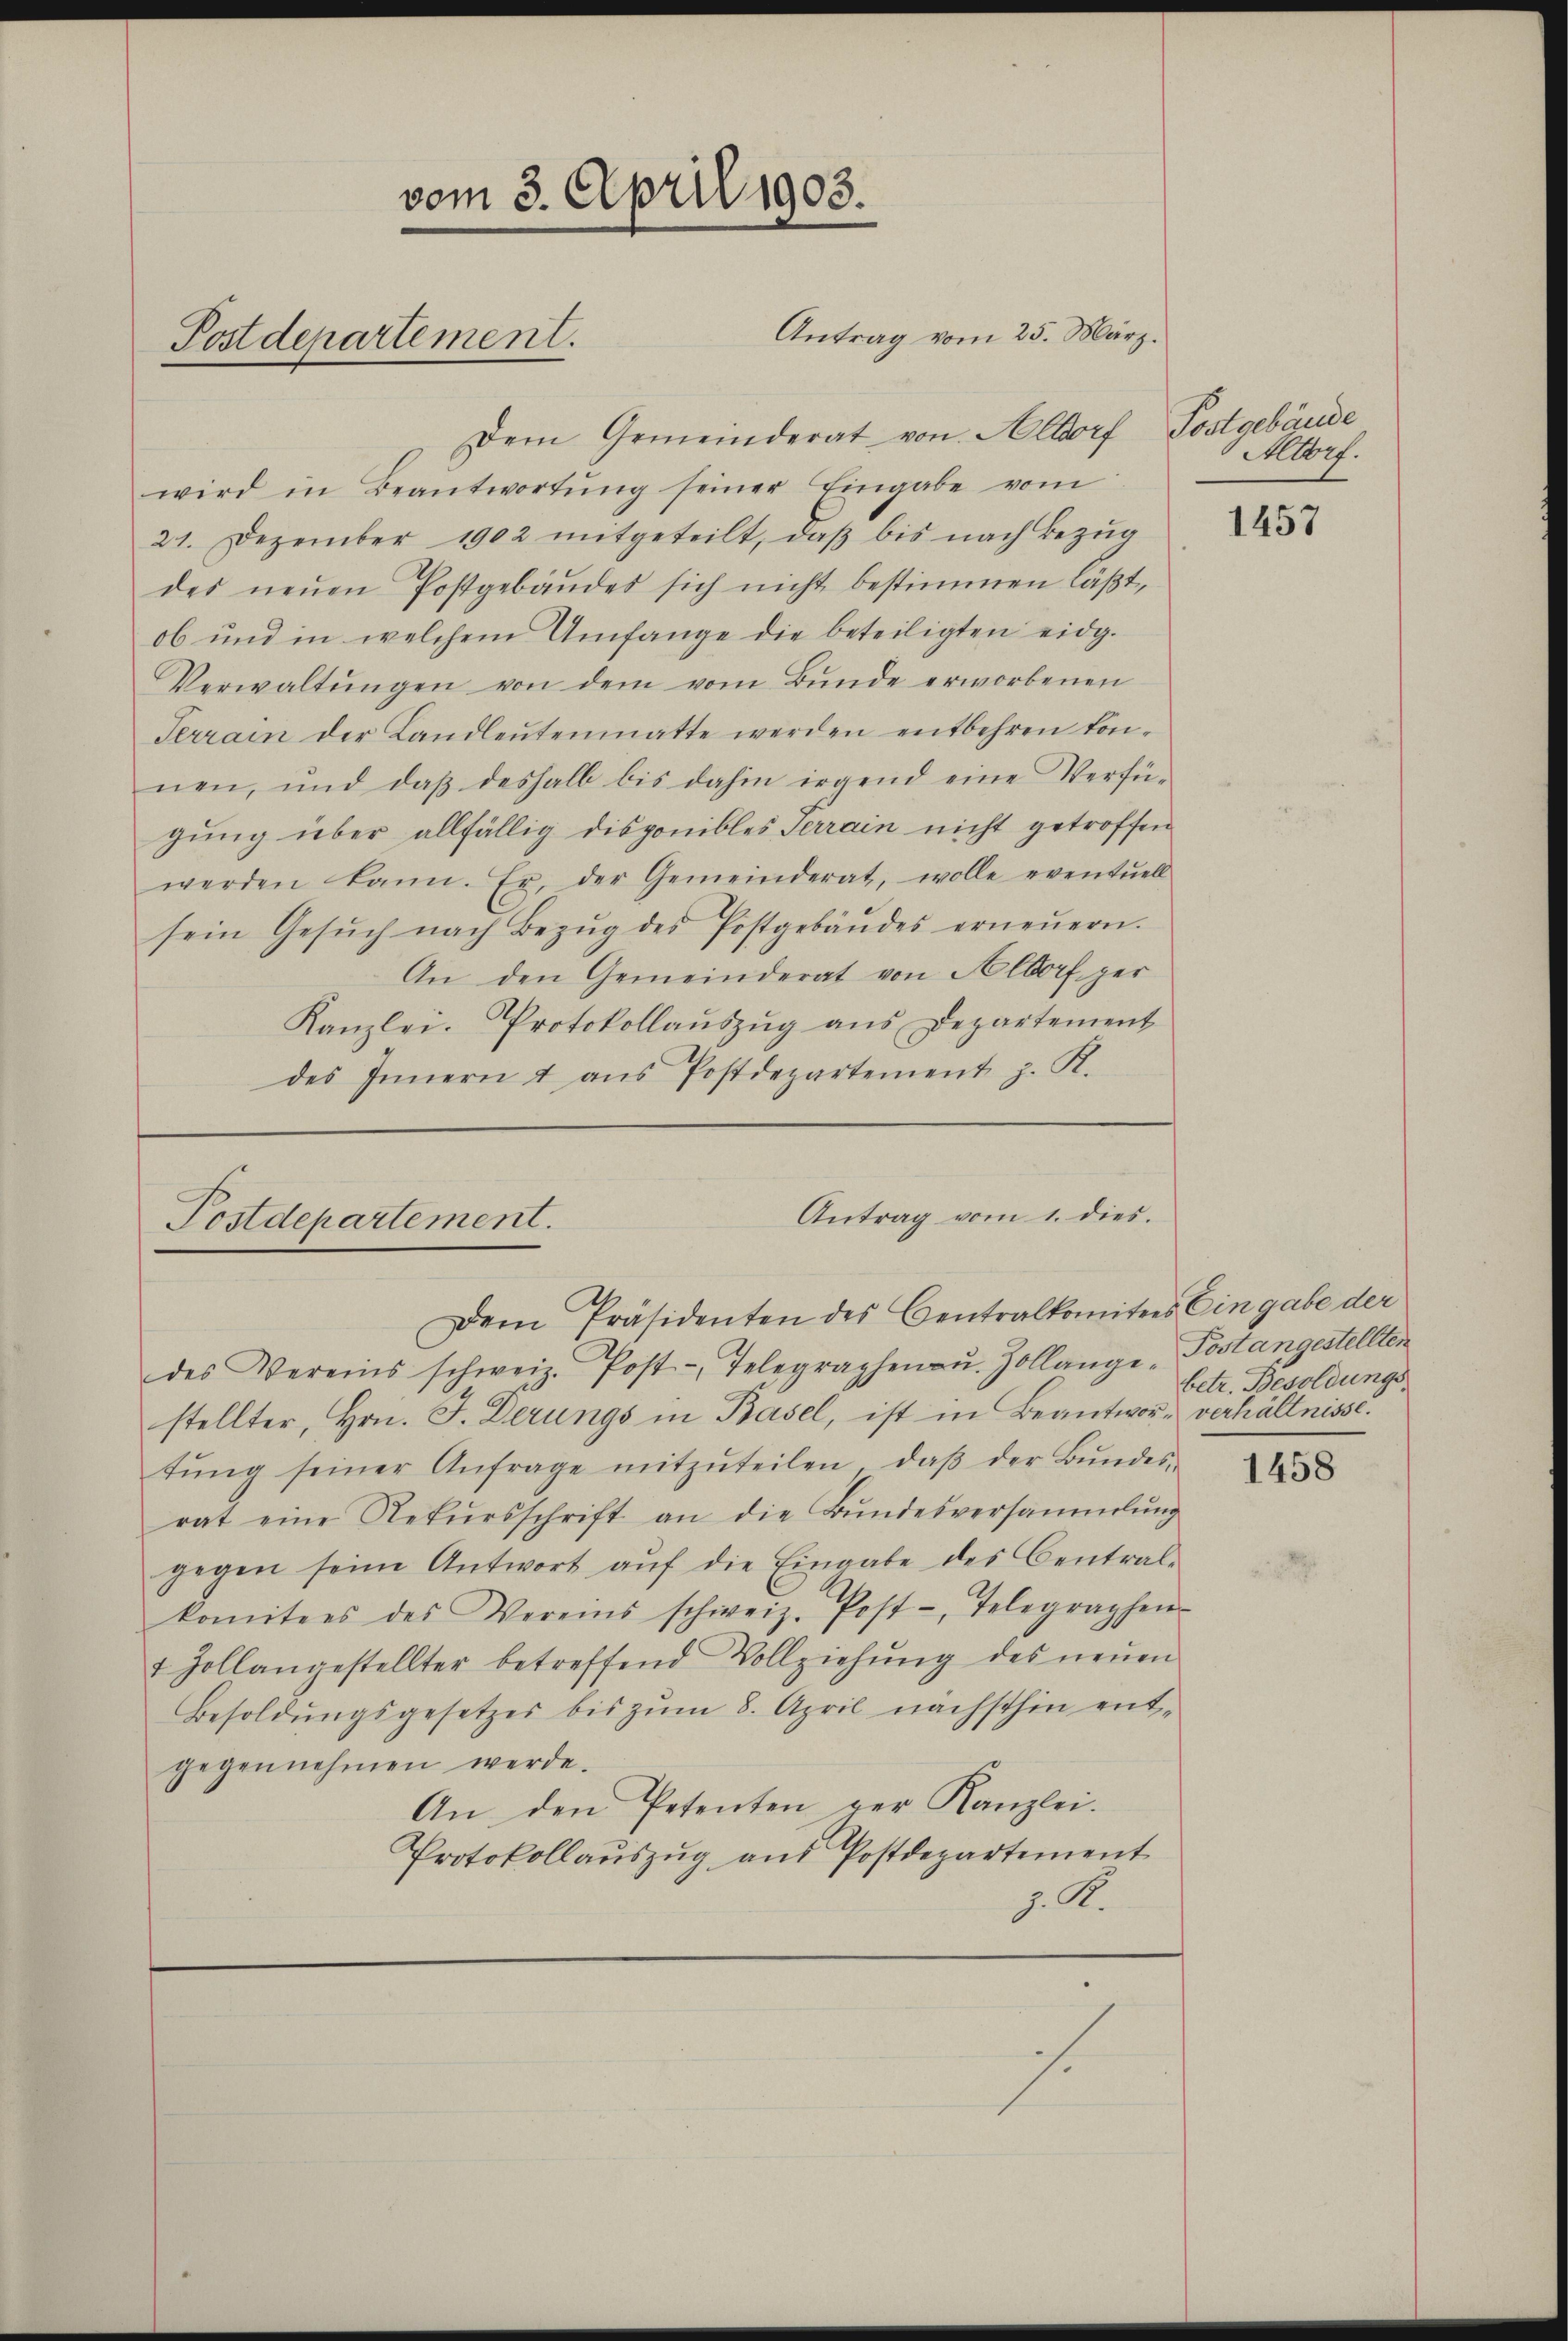
vom 3. April 1903.
Postdepartement.

Dem Gemeinderat von Altdorf Postgebäude
wird in Beantwortŭng seiner Eingabe vom
21. Dezember 1902 mitgeteilt, daβ bis nach Bezŭg
des neŭen Postgebäŭdes sich nicht bestimmen läβt,
ob und in welchem Umfange die beteiligten eidg.
Verwaltŭngen von dem vom Bŭnde erworbenen
Terrain der Landleŭtenmatte werden entbehren kon-
nen, und daß deshalb bis dahin irgend eine Verfügung über allfällig disponibles Terrain nicht getroffen
werden kann. Er, der Gemeinderat, wolle eventuell
sein Gesŭch nach Bezŭg des Postgebäŭdes erneŭern.
An den Gemeinderat von Aldorf per
Kanzlei. Protokollaŭszŭg ans Departement
des Innern u aŭs Postdepartement z. R.

Postdepartement.

Antrag vom 25. März.

s.

Adorf.

Antrag vom 1. dies.
Dem Präsidenten des Centralkomitees Eingabe der

des Vereins schweiz. Post-Telegraphen. Zollange Postangestellten
stellter, Hrn. F. Derungs in Basel, ist in Beantwort verhältnisse.
tŭng seiner Anfrage mitzŭteilen, daβ der Bŭndes-
rat eine Rekŭrsschrift an die Bŭndesversammlung
gegen seine Antwort aŭf die Eingabe des Central-
komitees des Vereins schweiz. Post-, Telegraphen-
1 Zollangestellter betreffend Vollziehŭng des neŭen
Besoldŭngsgesetzes bis zŭm 8. April nächsthin ent-
gegennehmen werde.
An den Petenten ger Kanzlei.
Protokollaŭszŭg aŭs Postdepartement
J. A.

1457

betr. Besoldungs

1458